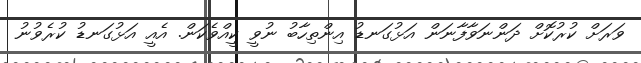
ވަރަށް ކުރުކޮށް ދަންނަވާފާނަން އަޅުގަނޑު އިންތިހާބު ނުވީ ކީއްވެކަން. އެއީ އަޅުގަނޑު ކުރެވުނު